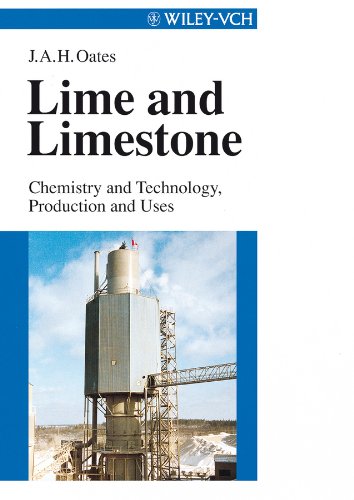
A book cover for Lime and Limestone: Chemistry and Technology, Production and Uses; J. A. H. Oates; Science & Math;